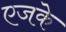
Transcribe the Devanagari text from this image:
एजके